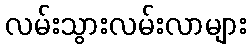
လမ်းသွားလမ်းလာများ